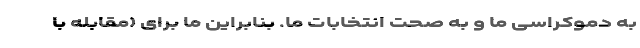
به دموکراسی ما و به صحت انتخابات ما. بنابراین ما برای (مقابله با